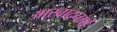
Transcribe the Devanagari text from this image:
आस्वादनार्थ